Annual report on the working of the lock hospitals in the Central Provinces
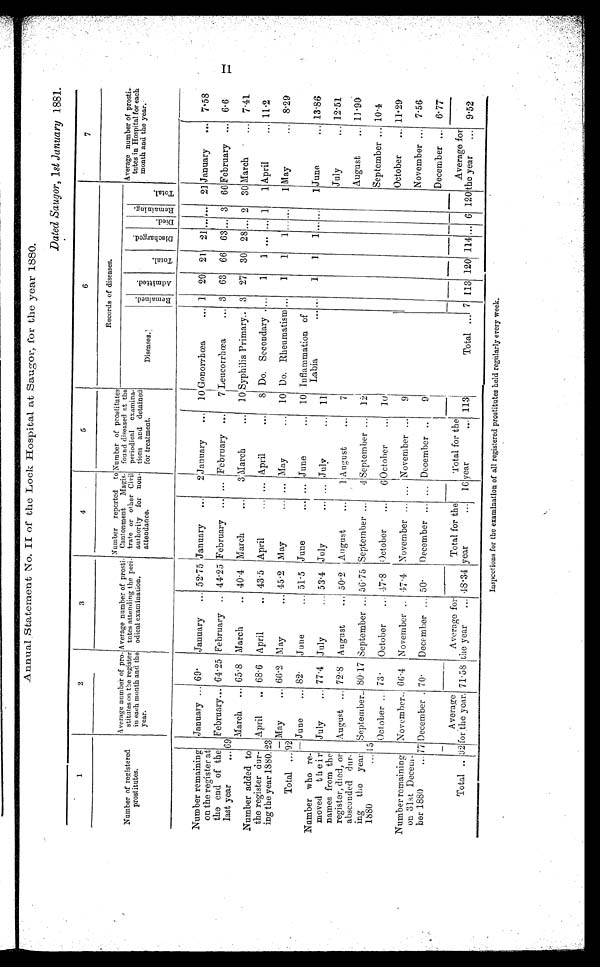
Annual Statement No. II of the Lock Hospital at Saugor, for the year 1880.
Dated Saugor, l st January 1881.
1
2
3
4
5
6
7
Number of registered
prostitutes.
Average number of pro-
stitutes on the register
in each month and the
year.
Average number of prosti-
tutes attending the peri-
odical examination.
Number reported to
Cantonment Magis-
trate or other Civil
authority for non-
attendance.
Number of prostitutes
found diseased at the
periodical examina-
tions and detained
for treatment.
Records of diseases.
Average number of prosti-
tutes in Hospital for each
month and the year.
Diseases.
Remai ned.
A d m i t t e d .
T o t a l .
D i s c h a r g e d .
Died.
Re ma i n i n g .
T o t a l .
Number remaining
on the register at
the end of the
last year
...
January ... 69.
January
... 52.75 January
...
2 January
... 10 Gonorrhœa
... 1 20 21 21 ...
...
21 January
... 7.58
69
February... 64 . 25 February .. 44 . 25 February ... ... February ...
7 Leucorrhœa
3 63 66 63 ... 3 66 February ... 6.6
March ... 65.8 March
.. 40.4 March
...
3 March
... 10 Syphilis Primary.. 3 27 30 28 ... 2 30 March " ... 7.41
Number added to
the register dur-
ing the year 1880. 23
April
.. 68.6 April
.. 43.5 April
... ... April
•••
8 Do. Secondary .... ...
1
1 ... ... 1
1 April
... 11.2
May
,.. 66.2 May
... 45.2 May
... May
.. , 10 Do. Rheumatism ...
1
1
1 ... ...
1 May
... 8.29
Total ... 92
...
June
... 82.
June
... 51.5 June
,„„., ... June
• - 10 Inflammation of
Number who re-
moved their
names from the
register, died, or
absconded dur-
ing the year
1880
...
Labia
••• ...
1
1
1 ... ...
1 June
.. , 13.86
July
... 77.4 July
... 53.4 July
... ... July
11
August ... 72.8 August
50.2 August
...
1
August
7
July
... 12.51
August... 11.90
15
September.. 80.17 September ... 56.75 September ...
4 September ... 121
September ... 10.4
October ... 73.
October
.._ 47.8 October
...
6
October
10
October
... 11.29
Number remaining
on 31st Decem-
ber 1880
...
November.. 66.4 November .. 47.4 November . ... November ...
9
November
7.56
77 December . 70.
December ... 50.
December ... ... December ..
9
December ... 6. 77
Total .. 92
Average
for the year. 71.58
Average for
the year
... 48.34
Total for the
year
... 16
Total for the
year
... 113
Total ... 7 113 120 114 ... 6 120
Average for
the year
... 9.52
Inspections for the examination of all registered prostitutes held regularly every week.